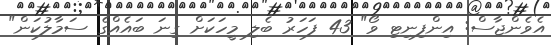
އެވެންޖާސް: އިންފިނިޓި ވޯ" 43 ފަހަރު ބެލި މީހަކަށް ގިނަ ބައެއްގެ ސަމާލުކަން"